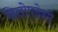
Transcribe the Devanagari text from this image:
हितोपदेशी